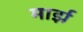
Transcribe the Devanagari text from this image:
मार्झ